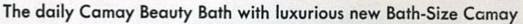
The daily Camay Beauty Bath with luxurious new Bath-Size Camay